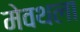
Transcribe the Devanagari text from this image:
मेवथला